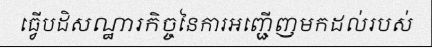
ធ្វើបដិសណ្ឋារកិច្ចនៃការអញ្ជើញមកដល់របស់